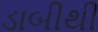
ડાબીથી